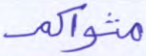
مثواكم